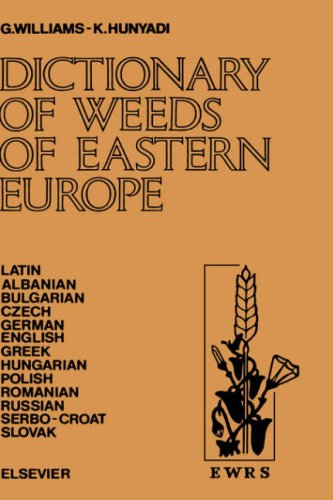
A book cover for Dictionary of Weeds of Eastern Europe; Crafts, Hobbies & Home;